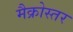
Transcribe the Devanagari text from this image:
मैक्रोस्तर